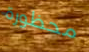
محظورة